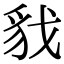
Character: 𮙦